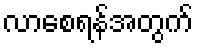
လာစေရန်အတွက်